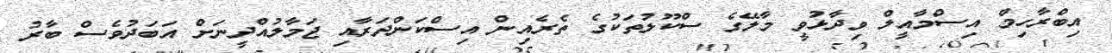
އިބްރާހިމް އިސްމާއީލް ވިދާޅުވީ މާލޭގެ ސްކޫލުތަކުގެ ތެރެއިން އިސްކަންދަރާއި ޖަމާލުއްދީނަށް އަބަދުވެސް ބާރު